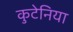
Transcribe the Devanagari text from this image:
कुटेनिया